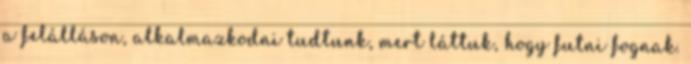
a felálláson, alkalmazkodni tudtunk, mert láttuk, hogy futni fognak.